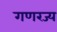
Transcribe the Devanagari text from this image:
गणरज्य